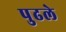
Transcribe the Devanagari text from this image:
पुढले